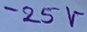
Text: -25V